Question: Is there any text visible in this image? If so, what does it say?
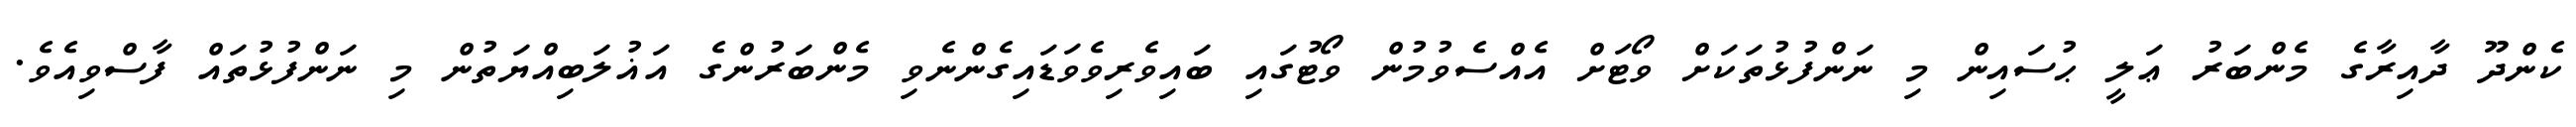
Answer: ކެންދޫ ދާއިރާގެ މެންބަރު ޢަލީ ޙުސައިން މި ނަންފުޅުތަކަށް ވޯޓަށް އެއްސެވުމުން ވޯޓުގައި ބައިވެރިވެވަޑައިގެންނެވި މެންބަރުންގެ އަޣުލަބިއްޔަތުން މި ނަންފުޅުތައް ފާސްވިއެވެ.